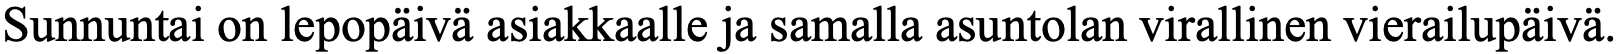
Sunnuntai on lepopäivä asiakkaalle ja samalla asuntolan virallinen vierailupäivä.